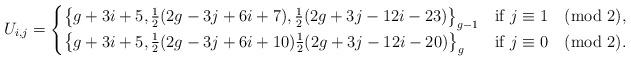
LaTeX: \begin{align*}U_{i,j}=\begin{cases}\left\{g+3i+5,\frac{1}{2}(2g-3j+6i+7),\frac{1}{2}(2g+3j-12i-23)\right\}_{g-1} & \mbox{if $j\equiv 1\pmod{2}$,}\\ \left\{g+3i+5,\frac{1}{2}(2g-3j+6i+10)\frac{1}{2}(2g+3j-12i-20)\right\}_g & \mbox{if $j\equiv 0\pmod{2}$.} \\\end{cases}\end{align*}